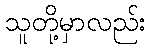
သူတို့မှာလည်း